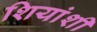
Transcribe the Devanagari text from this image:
शियांशी